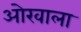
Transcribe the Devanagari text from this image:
ओखाला